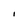
Character: I